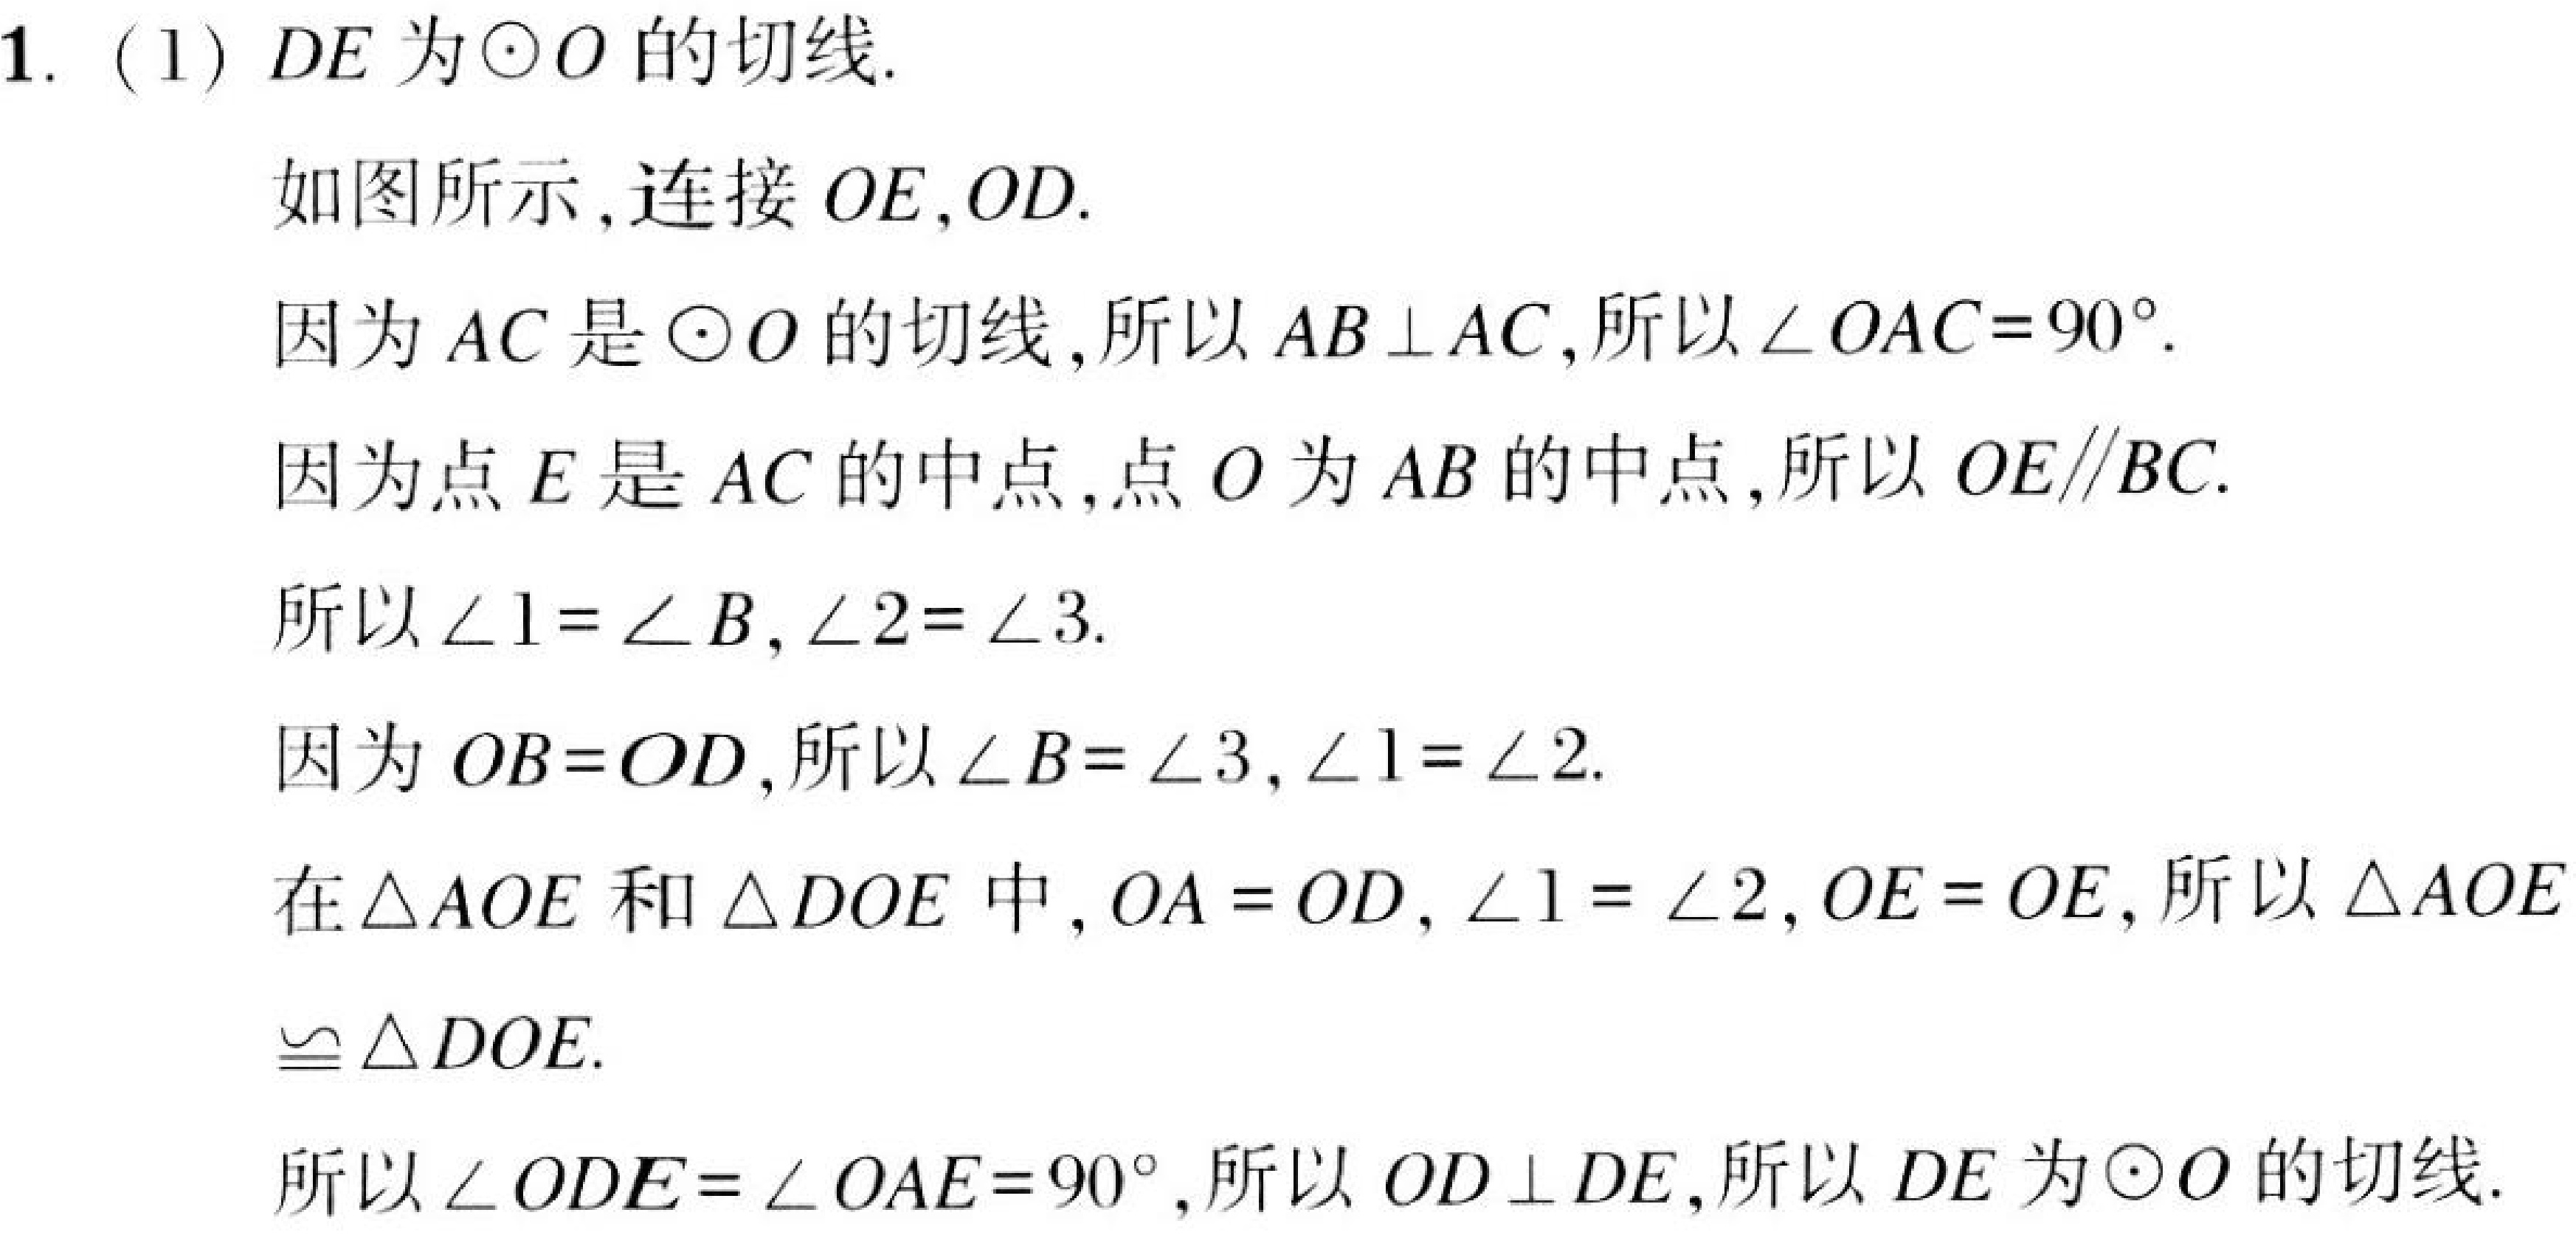
1. (1) \(DE\)为\(\odot O\)的切线.
   如图所示,连接 \(OE,OD\).
   因为 \(AC\)是\(\odot O\)的切线,所以 \(AB\perp AC\),所以 \(\angle OAC = 90^{\circ}\).
   因为点 \(E\)是 \(AC\)的中点,点 \(O\)为 \(AB\)的中点,所以 \(OE\parallel BC\).
   所以 \(\angle 1=\angle B,\angle 2=\angle 3\).
   因为 \(OB = OD\),所以 \(\angle B=\angle 3,\angle 1=\angle 2\).
   在\(\triangle AOE\)和\(\triangle DOE\)中, \(OA = OD,\angle 1=\angle 2,OE = OE\),所以 \(\triangle AOE\cong\triangle DOE\).
   所以 \(\angle ODE=\angle OAE = 90^{\circ}\),所以 \(OD\perp DE\),所以 \(DE\)为\(\odot O\)的切线.